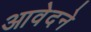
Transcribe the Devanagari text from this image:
आवेदने